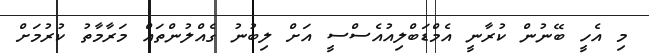
މި އެހީ ބޭނުން ކުރާނީ އެމްޑަބްލިއުއެސްސީ އަށް ލިބުނު ގެއްލުންތައް މަރާމާތު ކުރުމަށް